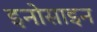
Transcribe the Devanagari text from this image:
इनोसाइन